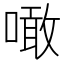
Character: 噉